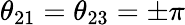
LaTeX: \theta_{21}=\theta_{23}=\pm\pi